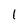
Character: 1